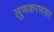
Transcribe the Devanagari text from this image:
लुणकरणसर